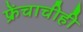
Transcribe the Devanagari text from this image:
फ्रेंचाचीही